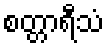
စတ္တာရီသံ